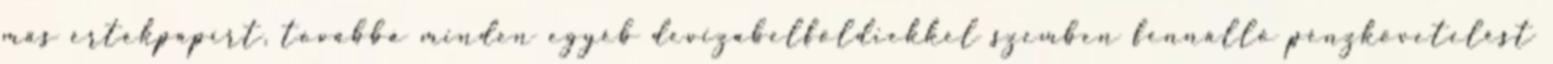
más értékpapírt, továbbá minden egyéb devizabelföldiekkel szemben fennálló pénzkövetelést